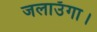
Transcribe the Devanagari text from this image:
जलाउँगा।